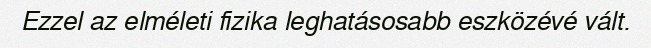
Ezzel az elméleti fizika leghatásosabb eszközévé vált.